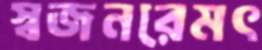
স্বজনরেমৎ